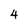
Character: 4